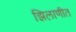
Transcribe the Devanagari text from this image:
झिलाणीत